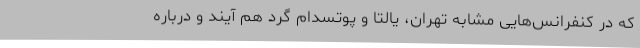
که در کنفرانس‌هایی مشابه تهران، یالتا و پوتسدام گرد هم آیند و درباره